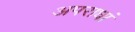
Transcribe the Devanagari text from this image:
अपराधां